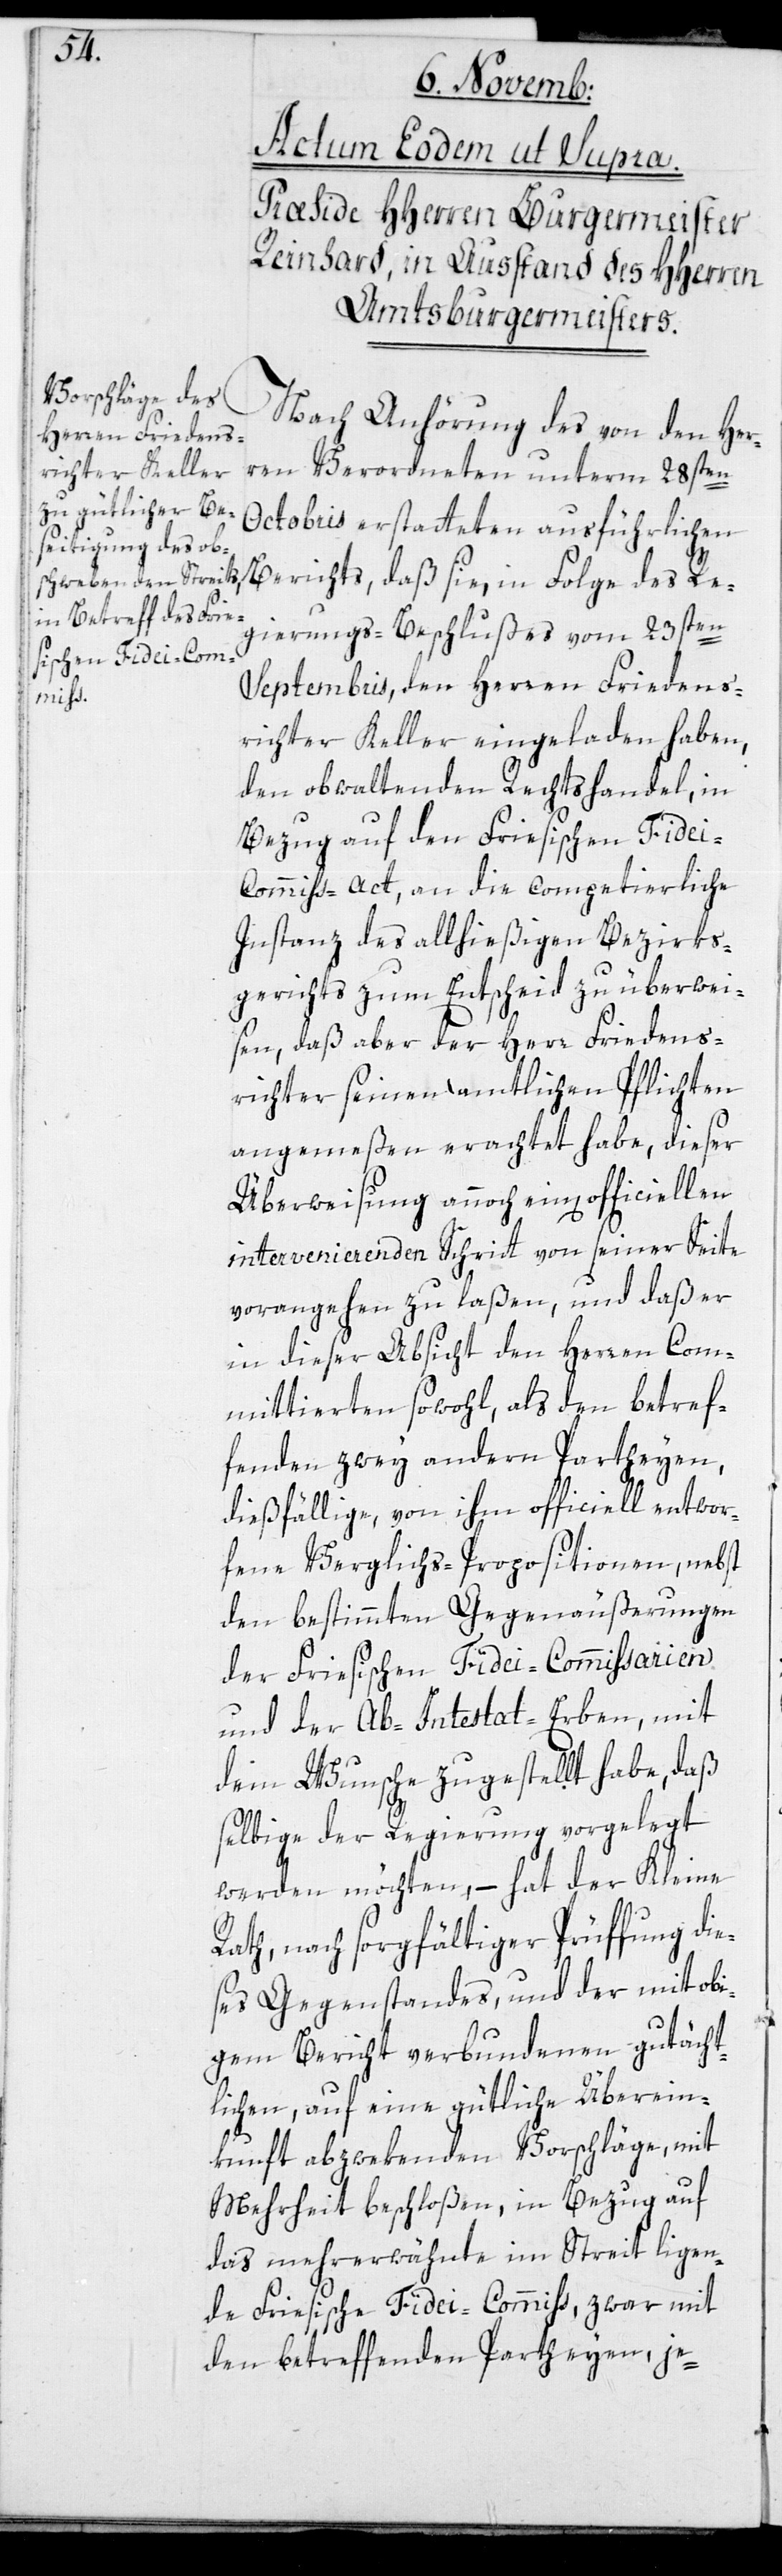
Nach Anhörung des von den Her¬
ren Verordneten unterm 28sten
Octobris erstatteten ausführlichen
Berichts, daß sie, in Folge des Re¬
gierungs-Beschlußes vom 23sten
Septembris, den Herren Friedens¬
richter Keller eingeladen haben,
den obwaltenden Rechtshandel, in
Bezug auf den Friesischen Fide¬
i-Commiss-Act, an die competierliche
Instanz des allhießigen Bezirks¬
gerichts zum Entscheid zu überwei¬
sen, daß aber der Herr Friedens¬
richter seinen amtlichen Pflichten
angemeßen erachtet habe, dieser
Überweisung annoch einen officiellen
intervenierenden Schritt von seiner Seite
vorangehen zu laßen, und daß er
in dieser Absicht den Herren Com¬
mittierten sowohl, als den betref¬
fenden zwey andern Patheyen,
dießfällige, von ihm officiell entwor¬
fene Verglichs-Propositionen, nebst
den bestimmten Gegenäußerungen
der Friesischen Fidei-Commissarien
und der Ab-Intestat-Erben, mit
dem Wunsche zugestellt habe, daß
selbige der Regierung vorgelegt
werden möchten, – hat der Kleine
Rath, nach sorgfältiger Prüfung die¬
ses Gegenstandes, und der mit obi¬
gem Bericht verbundenen gutächt¬
lichen, auf eine gütliche Überein¬
kunft abzwekenden Vorschläge, mit
Mehrheit beschloßen, in Bezug auf
das mehrerwähnte im Streit liegen¬
de Friesische Fidei-Commiss, zwar mit
den betreffenden Patheyen, je-